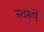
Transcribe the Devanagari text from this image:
स्वरूपें